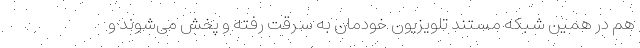
هم در همین شبکه مستند تلویزیون خودمان به سرقت رفته و پخش می‌شوند و